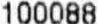
100088